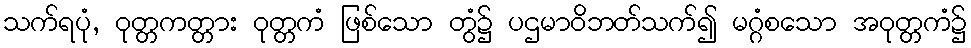
သက်ရပုံ, ဝုတ္တကတ္တား ဝုတ္တကံ ဖြစ်သော တွံ၌ ပဌမာဝိဘတ်သက်၍ မဂ္ဂံစသော အဝုတ္တကံ၌